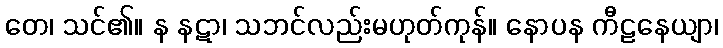
တေ၊ သင်၏။ န နဋာ၊ သဘင်လည်းမဟုတ်ကုန်။ နောပန ကီဠနေယျာ၊